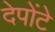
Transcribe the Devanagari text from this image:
देपोंटे